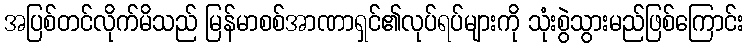
အပြစ်တင်လိုက်မိသည် မြန်မာစစ်အာဏာရှင်၏လုပ်ရပ်များကို သုံးစွဲသွားမည်ဖြစ်ကြောင်း